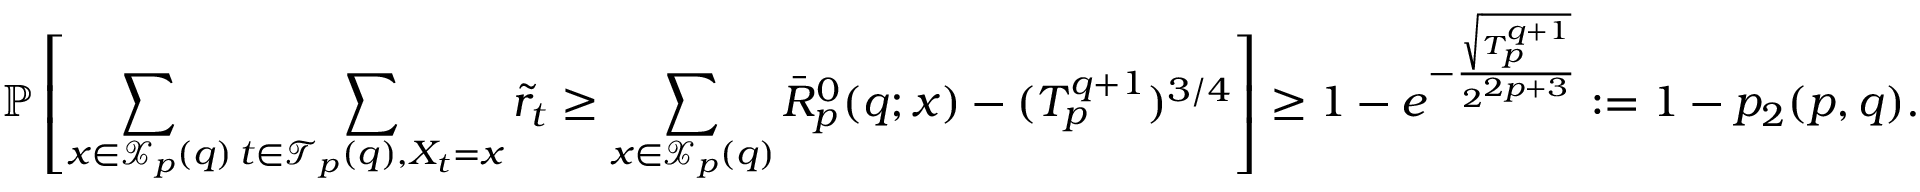
\mathbb { P } \left[ \sum _ { x \in \mathcal { X } _ { p } ( q ) } \sum _ { t \in \mathcal { T } _ { p } ( q ) , X _ { t } = x } \tilde { r } _ { t } \geq \sum _ { x \in \mathcal { X } _ { p } ( q ) } \bar { R } _ { p } ^ { 0 } ( q ; x ) - ( T _ { p } ^ { q + 1 } ) ^ { 3 / 4 } \right] \geq 1 - e ^ { - \frac { \sqrt { T _ { p } ^ { q + 1 } } } { 2 ^ { 2 p + 3 } } } : = 1 - p _ { 2 } ( p , q ) .